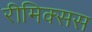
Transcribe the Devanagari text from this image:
रीमिक्सस